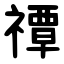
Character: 禫